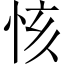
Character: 㤥